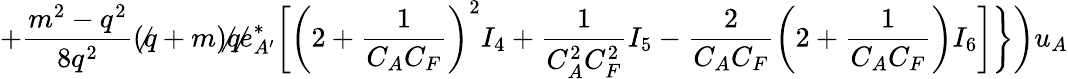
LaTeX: +\frac{m^{2}-q^{2}}{8q^{2}}(\not q+m)\not q\not e_{A^{\prime}}^{*}\biggl[\left(2+\frac{1}{C_{A}C_{F}}\right)^{2}I_{4}+\frac{1}{C_{A}^{2}C_{F}^{2}}I_{5}-\frac{2}{C_{A}C_{F}}\left(2+\frac{1}{C_{A}C_{F}}\right)I_{6}\biggr]\biggr\} \biggl)u_{A}